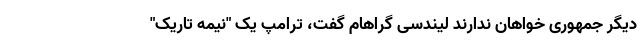
دیگر جمهوری خواهان ندارند لیندسی گراهام گفت، ترامپ یک "نیمه تاریک"